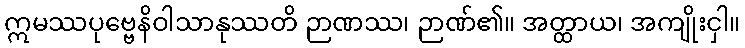
ဣမဿပုဗ္ဗေနိဝါသာနုဿတိ ဉာဏဿ၊ ဉာဏ်၏။ အတ္ထာယ၊ အကျိုးငှါ။